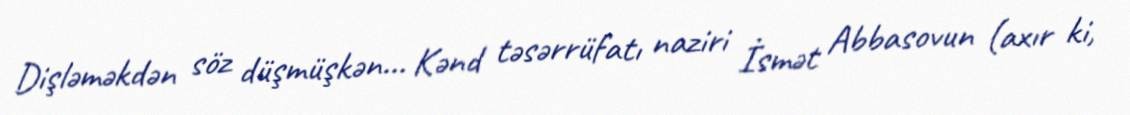
Dişləməkdən söz düşmüşkən... Kənd təsərrüfatı naziri İsmət Abbasovun (axır ki,